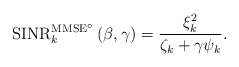
\begin{align*}\mathrm{SINR}^{\mathrm{MMSE}^\circ}_k \left( \beta, \gamma \right) = \frac{\xi_k^2}{\zeta_k + \gamma \psi_k}.\end{align*}